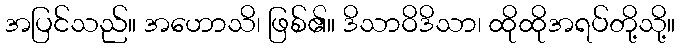
အပြင်သည်။ အဟောသိ၊ ဖြစ်၏။ ဒိသာဝိဒိသာ၊ ထိုထိုအရပ်တို့သို့။